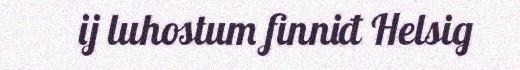
ij luhostum finniđ Helsig